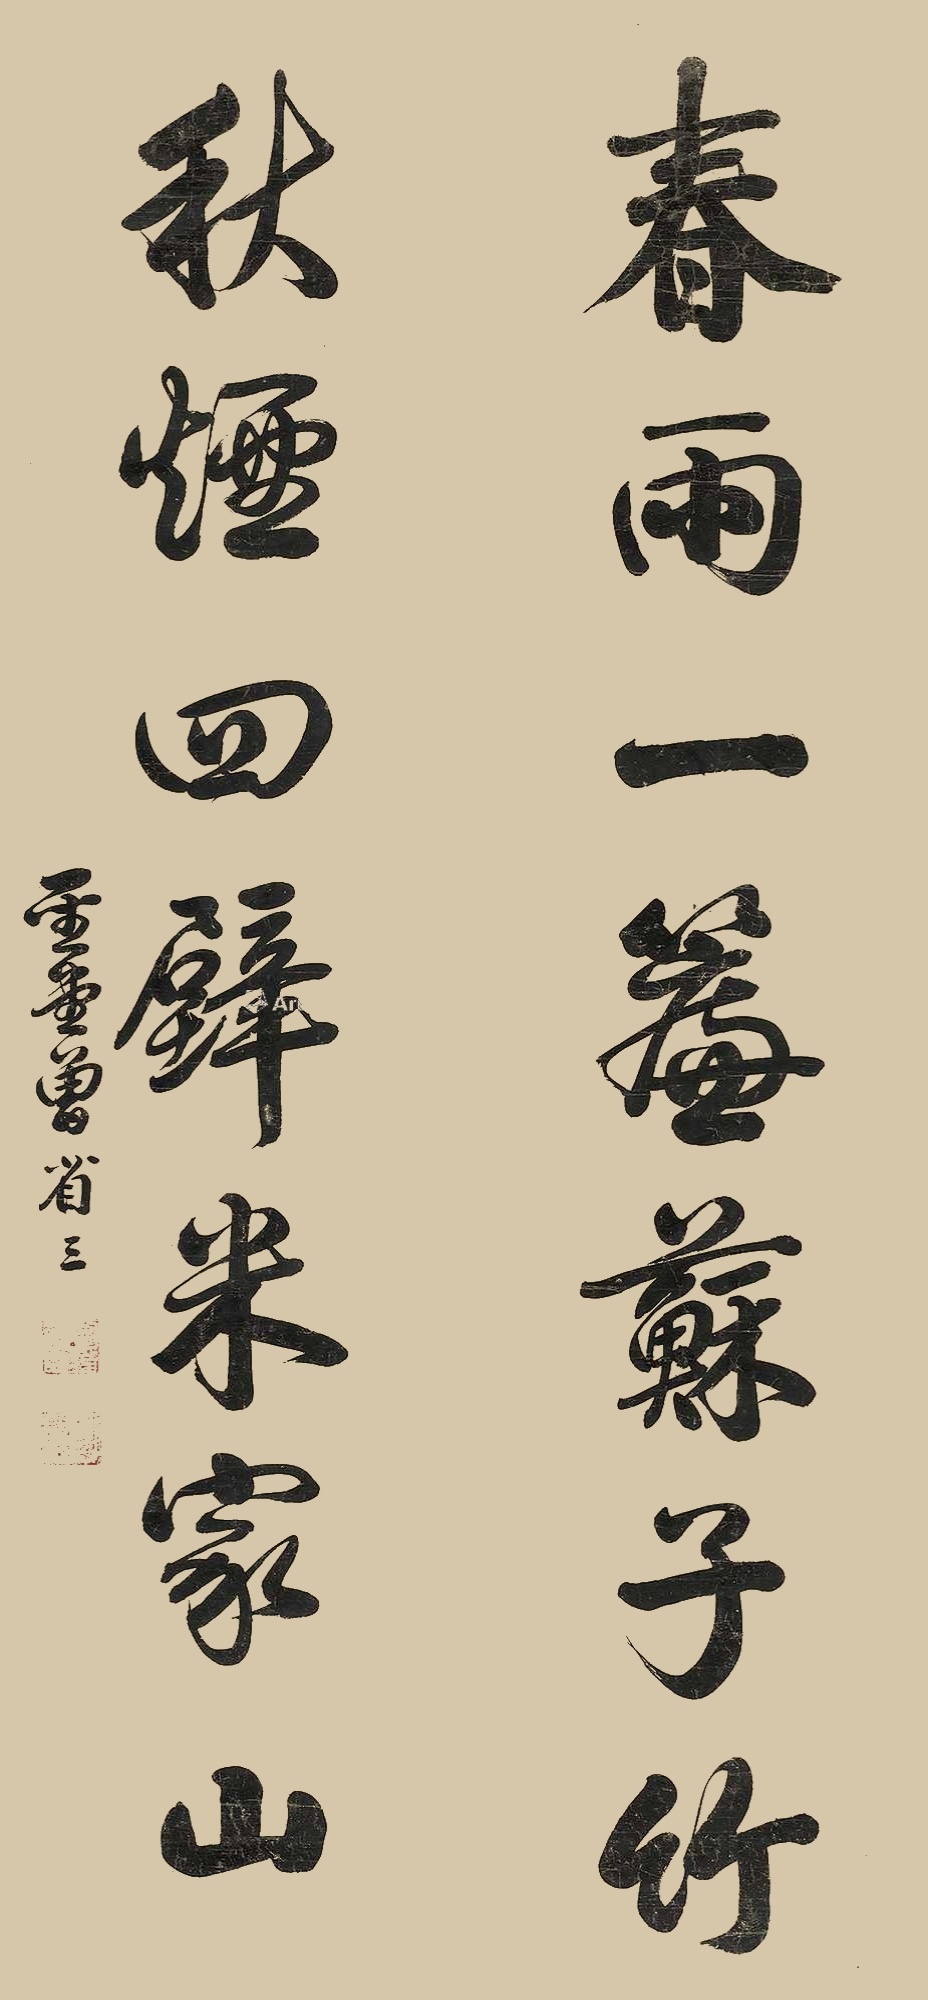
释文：春雨一帘苏子竹，秋烟半壁米家山。圣堂曾省三。